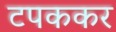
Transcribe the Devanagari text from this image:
टपककर